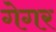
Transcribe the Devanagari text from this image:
गेगर